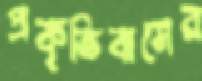
প্রকৃতিবাসের